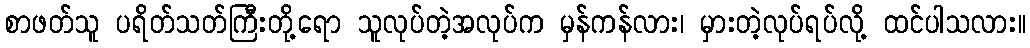
စာဖတ်သူ ပရိတ်သတ်ကြီးတို့ရော သူလုပ်တဲ့အလုပ်က မှန်ကန်လား၊ မှားတဲ့လုပ်ရပ်လို့ ထင်ပါသလား။